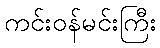
ကင်းဝန်မင်းကြီး